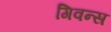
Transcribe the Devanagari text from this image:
गिवन्स